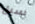
سيل